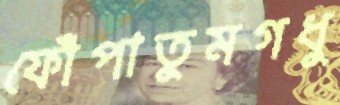
ফোঁপাতুমগধু